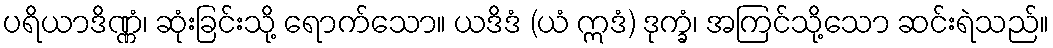
ပရိယာဒိဏ္ဏံ၊ ဆုံးခြင်းသို့ ရောက်သော။ ယဒိဒံ (ယံ ဣဒံ) ဒုက္ခံ၊ အကြင်သို့သော ဆင်းရဲသည်။